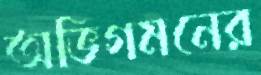
অভিগমনের